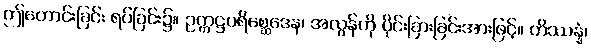
ဤတောင်းခြင်း ရပ်ခြင်း၌။ ဥက္ကဋ္ဌပရိစ္ဆေဒေန၊ အလွန်ကို ပိုင်းခြားခြင်းအားဖြင့်။ တိဿန္နံ၊